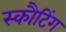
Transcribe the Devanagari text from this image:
स्कौटिंग